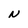
Character: N